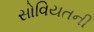
સોવિયતની